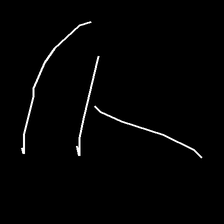
Glyph: dispersion